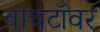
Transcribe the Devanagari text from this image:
वाचटॉवर